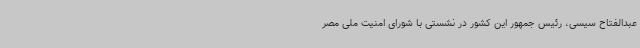
عبدالفتاح سیسی، رئیس جمهور این کشور در نشستی با شورای امنیت ملی مصر